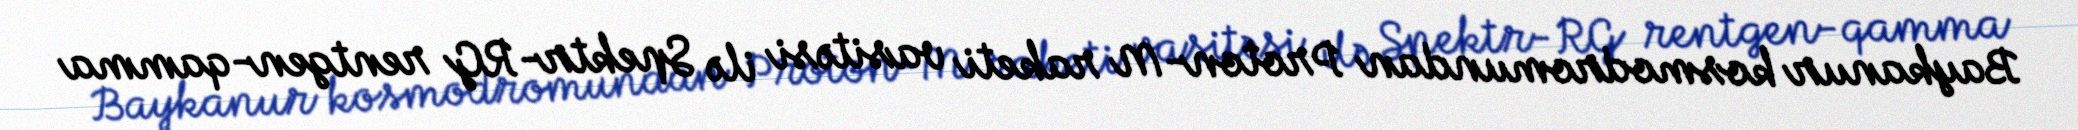
Baykanur kosmodromundan Proton-M raketi vasitəsi ilə Spektr-RG rentgen-qamma